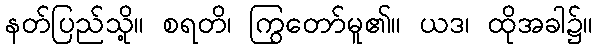
နတ်ပြည်သို့။ စရတိ၊ ကြွတော်မူ၏။ ယဒ၊ ထိုအခါ၌။